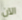
الآن